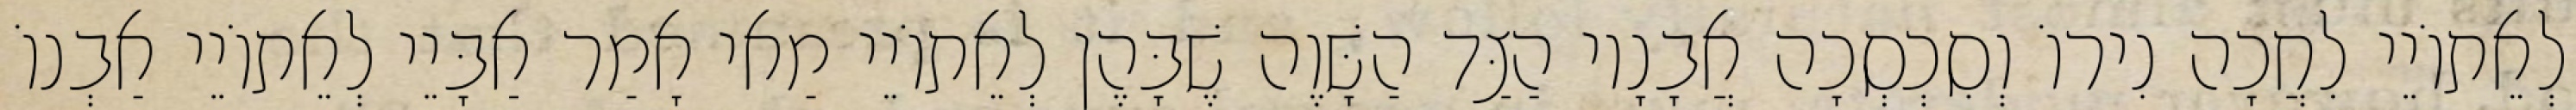
לְאֵתוֹיֵי לִחֲכָה נִירוֹ וְסִכְסְכָה אֲבָנָיו הַצַּד הַשָּׁוֶה שֶׁבָּהֶן לְאֵתוֹיֵי מַאי אָמַר אַבָּיֵי לְאֵתוֹיֵי אַבְנוֹ